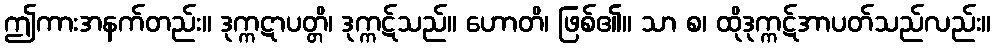
ဤကားအနက်တည်း။ ဒုက္ကဋာပတ္တိ၊ ဒုက္ကဋ်သည်။ ဟောတိ၊ ဖြစ်၏။ သာ စ၊ ထိုဒုက္ကဋ်အာပတ်သည်လည်း။